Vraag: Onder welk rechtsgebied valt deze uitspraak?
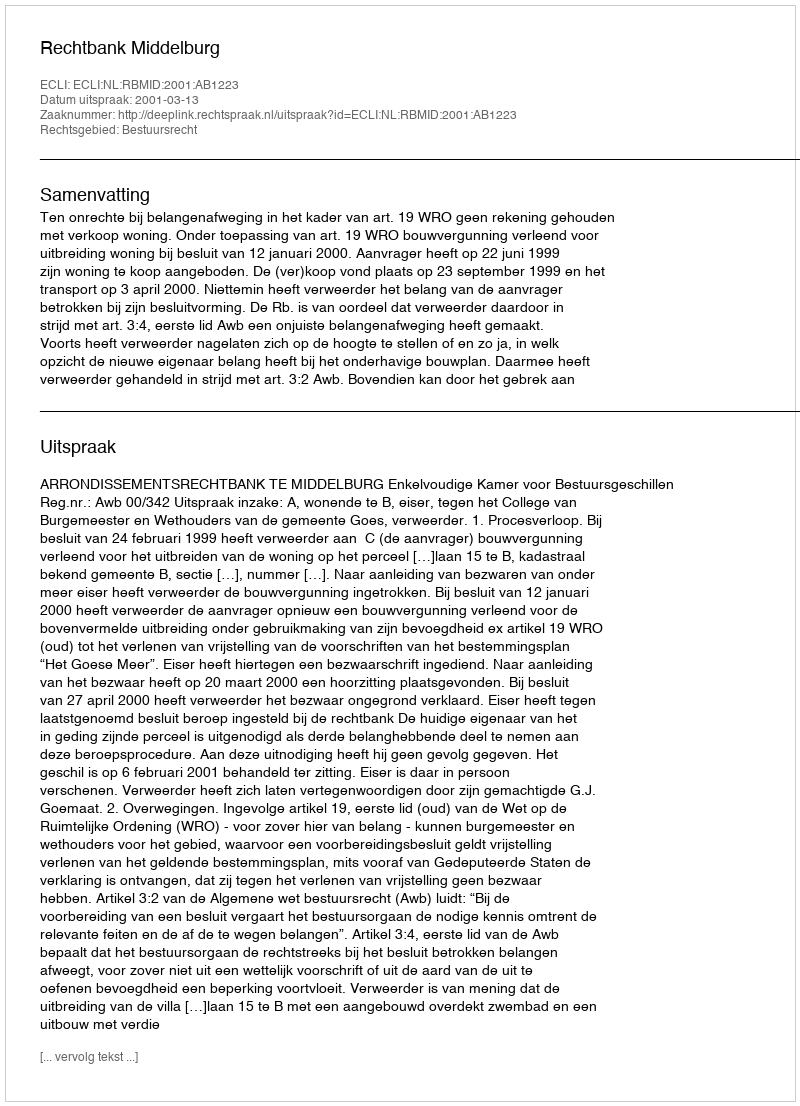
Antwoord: Bestuursrecht